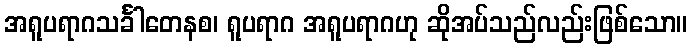
အရူပရာဂသင်္ခါတေနစ၊ ရူပရာဂ အရူပရာဂဟု ဆိုအပ်သည်လည်းဖြစ်သော။